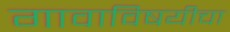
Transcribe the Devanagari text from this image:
गावाविषयीचा